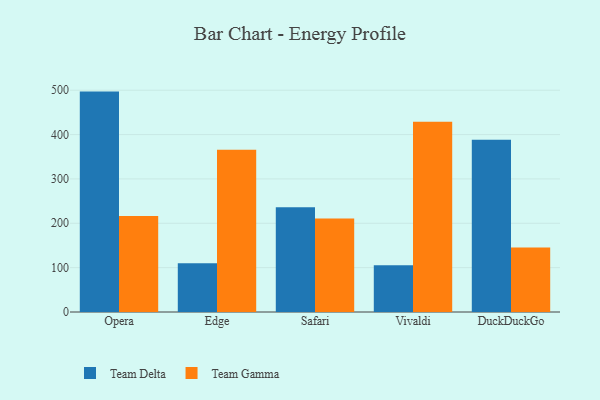
{"axis": {"x": "Browser", "y": "Budget (USD K)"}, "legend": ["Team Delta", "Team Gamma"], "data": [{"x": "Opera", "y": 496.9, "type": "Team Delta"}, {"x": "Opera", "y": 216.4, "type": "Team Gamma"}, {"x": "Edge", "y": 110.1, "type": "Team Delta"}, {"x": "Edge", "y": 365.7, "type": "Team Gamma"}, {"x": "Safari", "y": 235.9, "type": "Team Delta"}, {"x": "Safari", "y": 210.7, "type": "Team Gamma"}, {"x": "Vivaldi", "y": 105.4, "type": "Team Delta"}, {"x": "Vivaldi", "y": 429.1, "type": "Team Gamma"}, {"x": "DuckDuckGo", "y": 388.4, "type": "Team Delta"}, {"x": "DuckDuckGo", "y": 145.2, "type": "Team Gamma"}]}